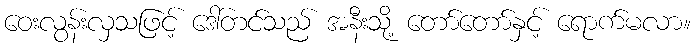
ဝေးလွန်းလှသဖြင့် ဒေါ်တင်သည် အနီးသို့ တော်တော်နှင့် ရောက်မလာ။